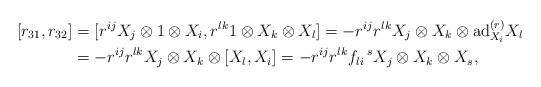
LaTeX: \begin{align*}[r_{31},r_{32}]&=[r^{ij}X_{j}\otimes 1\otimes X_{i},r^{lk}1\otimes X_{k}\otimes X_{l}]=-r^{ij}r^{lk}X_{j}\otimes X_{k}\otimes \mathrm{ad}^{(r)}_{X_{i}}X_{l}\\&=- r^{ij}r^{lk}X_{j}\otimes X_{k}\otimes [X_{l},X_{i}]=-r^{ij}r^{lk}f_{li}\,^{s}X_{j}\otimes X_{k}\otimes X_{s},\end{align*}